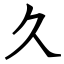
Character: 久